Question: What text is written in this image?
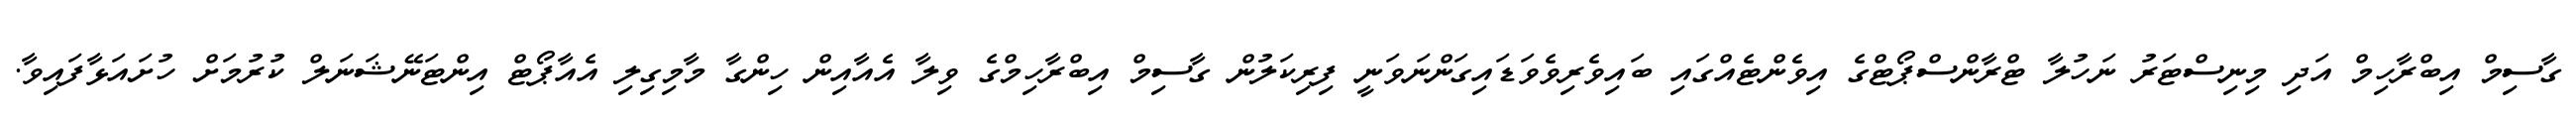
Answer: ގާސިމް އިބްރާހިމް އަދި މިނިސްޓަރު ނަހުލާ ޓްރާންސްޕޯޓްގެ އިވެންޓެއްގައި ބައިވެރިވެވަޑައިގަންނަވަނީ ފިރިކަލުން ގާސިމް އިބްރާހިމްގެ ވިލާ އެއާއިން ހިންގާ މާމިގިލި އެއާޕޯޓް އިންޓަނޭޝަނަލް ކުރުމަށް ހުށައަޅާފައިވާ.